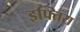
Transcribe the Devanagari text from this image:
इफ्तिरा